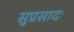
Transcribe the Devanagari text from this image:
सुप्रसादः